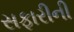
સફારીની